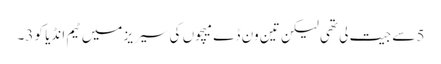
5 سے جیت لی تھی لیکن تین ون ڈے میچوں کی سیریز میں ٹیم انڈیا کو 3۔